Indian journal of veterinary science and animal husbandry - Volume 3,
Year: 1933
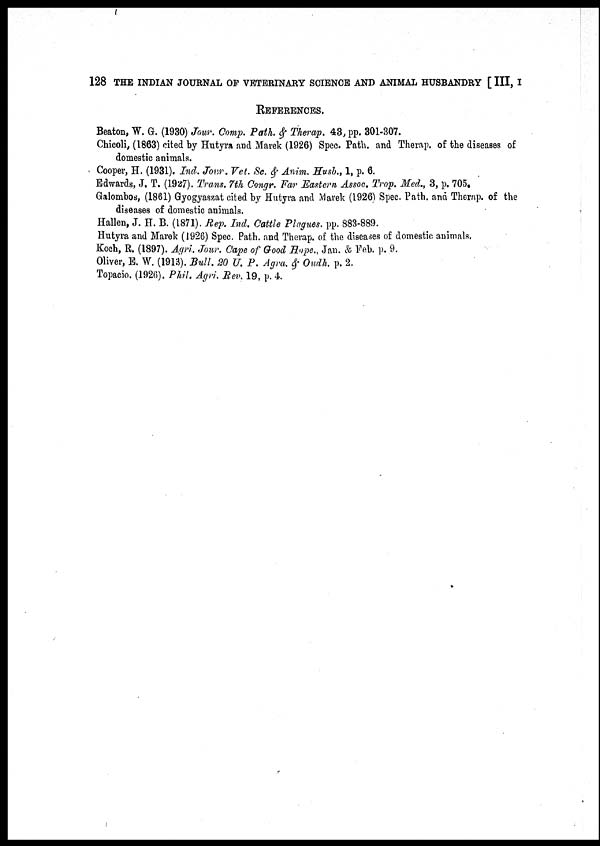
128 THE INDIAN JOURNAL OF VETERINARY SCIENCE AND ANIMAL HUSBANDRY [ III, I
REFERENCES.
Beaton, W. G. (1930) Jour. Comp. Path. & Therap. 43, pp. 301-307.
Chicoli, (1863) cited by Hutyra and Marek (1926) Spec. Path. and Therap. of the diseases of
domestic animals.
Cooper, H. (1931). Ind. Jour. Vet. Sc. & Anim. Husb., 1, p. 6.
Edwards, J. T. (1927). Trans. 7th Congr. Far Eastern Assoc. Trop. Med., 3, p. 705.
Galombos, (1861) Gyogyaszat cited by Hutyra and Marek (1926) Spec. Path. and Therap. of the
diseases of domestic animals.
Hallen, J. H. B. (1871). Rep. Ind. Cattle Plagues. pp. 883-889.
Hutyra and Marek (1926) Spec. Path. and Therap. of the diseases of domestic animals.
Koch, R. (1897). Agri. Jour. Cape of Good Hope., Jan. & Feb. p. 9.
Oliver, E. W. (1913). Bull. 20 U. P. Agra. & Oudh. p. 2.
Topacio. (1926). Phil. Agri. Rev. 19, p. 4.